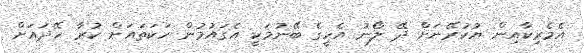
އެމެރިކާއިން ޔުކުރޭނަށް ދޭ ލޯނު އެހީގެ ބޭނުމަކީ އެގައުމުން ހަކަތައަށް ކުރާ ހޭދައަށް